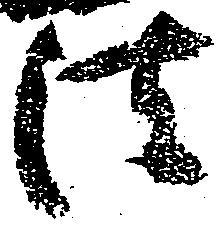
法